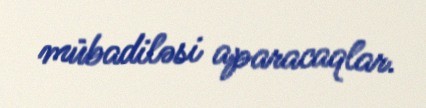
mübadiləsi aparacaqlar.